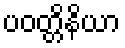
ပဝတ္တိနိယာ